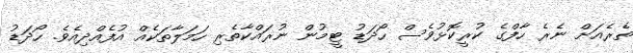
ތެރެއަށް ނެރެ ހާފްގެ ކުރީކޮޅުވެސް ހޯދަޑު ޓީމުން ނުރައްކާތެރި ހަމަލާތަކެއް އުފެއްދިއެވެ. ހޯދަޑު